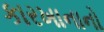
કારખાનાનો